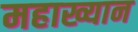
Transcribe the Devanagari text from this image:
महाख्यान